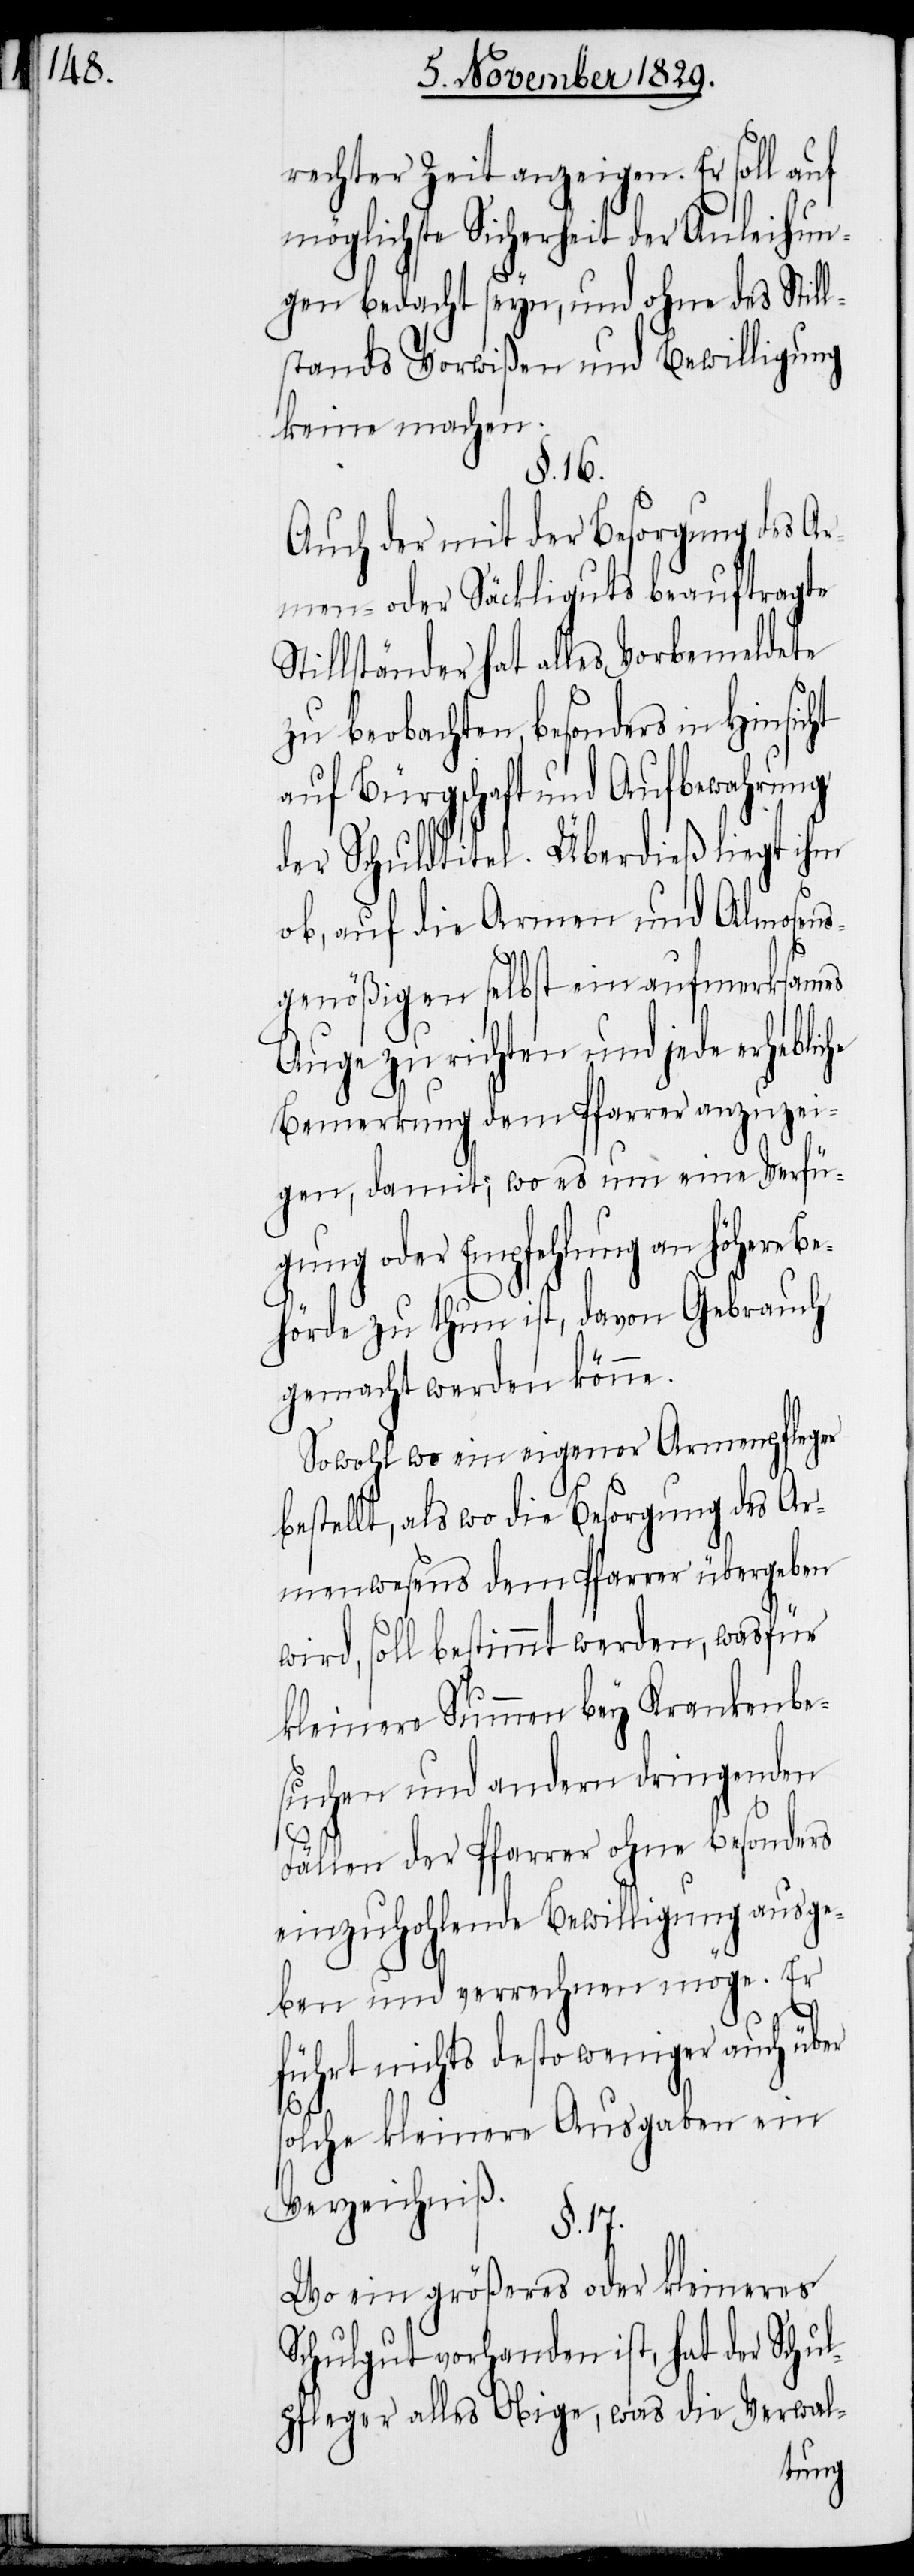
rechter Zeit anzeigen. Er soll auf
möglichste Sicherheit der Anleihun¬
gen bedacht seyn, und ohne des Still¬
stands Vorwißen und Bewilligung
keine machen.
§. 16.
Auch der mit der Besorgung des Ar¬
men- oder Säckliguts beauftragte
Stillständer hat alles Vorbemeldete
zu beobachten, besonders in
auf Bürgschaft und Aufbewahrung
der Schuldtitel. Überdieß liegt ihm
ob, auf die Armen und Almosens¬
genößigen selbst ein aufmerksames
Auge zu richten und jede erhebliche
Bemerkung dem Pfarrer anzuzei¬
gen, damit; wo es um eine Verfü¬
gung oder Empfehlung an höhere Be¬
hörde zu thun ist, davon Gebrauch
gemacht werden könne.
Sowohl wo ein eigener Armenpfleger
bestellt, als wo die Besorgung des Ar¬
menwesens dem Pfarrer übergeben
wird, soll bestimmt werden, wasfür
kleinere Summen bey Krankenbe¬
suchen und andern dringenden
Fällen der Pfarrer ohne besonders
einzuhohlende Bewilligung ausge¬
ben und verrechnen möge. Er
führt nichts desto weniger auch
solche kleinere Ausgaben ein
Verzeichniß.
§. 17.
Wo ein größeres oder kleineres
Schulgut vorhanden ist, hat der Schul¬
pfleger alles Obige, was die Verwal-